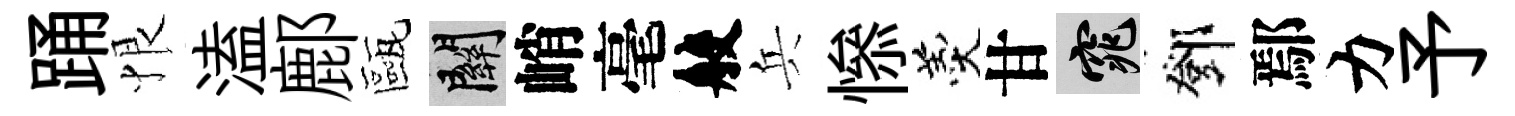
踊恨溘鄜甌關峭毫般兵𢡖羹甘窕鄧鄢力予